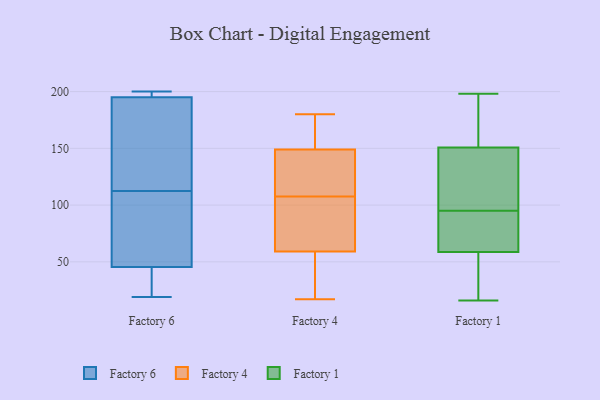
{"axis": {"x": "Bounce Rate (%)", "y": "Value"}, "legend": ["Factory 1", "Factory 4", "Factory 6"], "data": [{"x": "", "y": 199, "type": "Factory 6"}, {"x": "", "y": 30, "type": "Factory 6"}, {"x": "", "y": 197, "type": "Factory 6"}, {"x": "", "y": 99, "type": "Factory 6"}, {"x": "", "y": 174, "type": "Factory 6"}, {"x": "", "y": 43, "type": "Factory 6"}, {"x": "", "y": 199, "type": "Factory 6"}, {"x": "", "y": 193, "type": "Factory 6"}, {"x": "", "y": 28, "type": "Factory 6"}, {"x": "", "y": 19, "type": "Factory 6"}, {"x": "", "y": 48, "type": "Factory 6"}, {"x": "", "y": 56, "type": "Factory 6"}, {"x": "", "y": 134, "type": "Factory 6"}, {"x": "", "y": 200, "type": "Factory 6"}, {"x": "", "y": 115, "type": "Factory 6"}, {"x": "", "y": 200, "type": "Factory 6"}, {"x": "", "y": 97, "type": "Factory 6"}, {"x": "", "y": 110, "type": "Factory 6"}, {"x": "", "y": 38, "type": "Factory 6"}, {"x": "", "y": 188, "type": "Factory 6"}, {"x": "", "y": 105, "type": "Factory 4"}, {"x": "", "y": 140, "type": "Factory 4"}, {"x": "", "y": 110, "type": "Factory 4"}, {"x": "", "y": 59, "type": "Factory 4"}, {"x": "", "y": 165, "type": "Factory 4"}, {"x": "", "y": 49, "type": "Factory 4"}, {"x": "", "y": 99, "type": "Factory 4"}, {"x": "", "y": 17, "type": "Factory 4"}, {"x": "", "y": 70, "type": "Factory 4"}, {"x": "", "y": 149, "type": "Factory 4"}, {"x": "", "y": 167, "type": "Factory 4"}, {"x": "", "y": 128, "type": "Factory 4"}, {"x": "", "y": 27, "type": "Factory 4"}, {"x": "", "y": 180, "type": "Factory 4"}, {"x": "", "y": 61, "type": "Factory 1"}, {"x": "", "y": 89, "type": "Factory 1"}, {"x": "", "y": 117, "type": "Factory 1"}, {"x": "", "y": 159, "type": "Factory 1"}, {"x": "", "y": 49, "type": "Factory 1"}, {"x": "", "y": 95, "type": "Factory 1"}, {"x": "", "y": 126, "type": "Factory 1"}, {"x": "", "y": 58, "type": "Factory 1"}, {"x": "", "y": 76, "type": "Factory 1"}, {"x": "", "y": 117, "type": "Factory 1"}, {"x": "", "y": 35, "type": "Factory 1"}, {"x": "", "y": 198, "type": "Factory 1"}, {"x": "", "y": 197, "type": "Factory 1"}, {"x": "", "y": 16, "type": "Factory 1"}, {"x": "", "y": 172, "type": "Factory 1"}]}